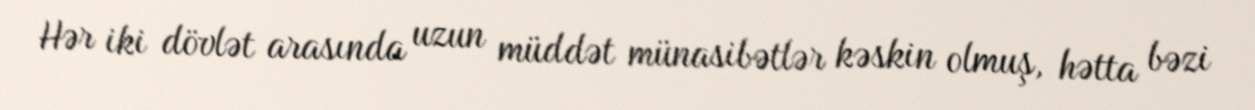
Hər iki dövlət arasında uzun müddət münasibətlər kəskin olmuş, hətta bəzi